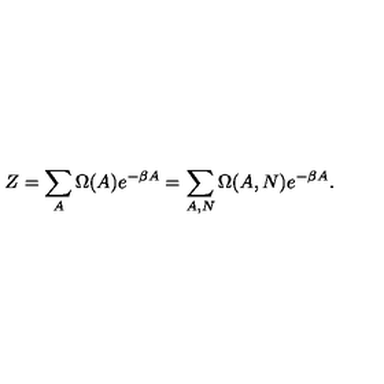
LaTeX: Z = \sum _ { A } \Omega ( A ) e ^ { - \beta A } = \sum _ { A , N } \Omega ( A , N ) e ^ { - \beta A } .